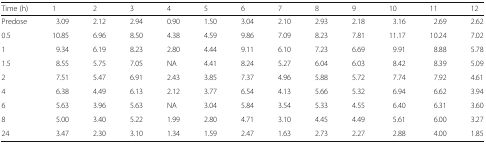
<table><thead><tr><td><b>Time (h)</b></td><td><b>1</b></td><td><b>2</b></td><td><b>3</b></td><td><b>4</b></td><td><b>5</b></td><td><b>6</b></td><td><b>7</b></td><td><b>8</b></td><td><b>9</b></td><td><b>10</b></td><td><b>11</b></td><td><b>12</b></td></tr></thead><tbody><tr><td>Predose</td><td>3.09</td><td>2.12</td><td>2.94</td><td>0.90</td><td>1.50</td><td>3.04</td><td>2.10</td><td>2.93</td><td>2.18</td><td>3.16</td><td>2.69</td><td>2.62</td></tr><tr><td>0.5</td><td>10.85</td><td>6.96</td><td>8.50</td><td>4.38</td><td>4.59</td><td>9.86</td><td>7.09</td><td>8.23</td><td>7.81</td><td>11.17</td><td>10.24</td><td>7.02</td></tr><tr><td>1</td><td>9.34</td><td>6.19</td><td>8.23</td><td>2.80</td><td>4.44</td><td>9.11</td><td>6.10</td><td>7.23</td><td>6.69</td><td>9.91</td><td>8.88</td><td>5.78</td></tr><tr><td>1.5</td><td>8.55</td><td>5.75</td><td>7.05</td><td>NA</td><td>4.41</td><td>8.24</td><td>5.27</td><td>6.04</td><td>6.03</td><td>8.42</td><td>8.39</td><td>5.09</td></tr><tr><td>2</td><td>7.51</td><td>5.47</td><td>6.91</td><td>2.43</td><td>3.85</td><td>7.37</td><td>4.96</td><td>5.88</td><td>5.72</td><td>7.74</td><td>7.92</td><td>4.61</td></tr><tr><td>4</td><td>6.38</td><td>4.49</td><td>6.13</td><td>2.12</td><td>3.77</td><td>6.54</td><td>4.13</td><td>5.66</td><td>5.32</td><td>6.94</td><td>6.62</td><td>3.94</td></tr><tr><td>6</td><td>5.63</td><td>3.96</td><td>5.63</td><td>NA</td><td>3.04</td><td>5.84</td><td>3.54</td><td>5.33</td><td>4.55</td><td>6.40</td><td>6.31</td><td>3.60</td></tr><tr><td>8</td><td>5.00</td><td>3.40</td><td>5.22</td><td>1.99</td><td>2.80</td><td>4.71</td><td>3.10</td><td>4.45</td><td>4.49</td><td>5.61</td><td>6.00</td><td>3.27</td></tr><tr><td>24</td><td>3.47</td><td>2.30</td><td>3.10</td><td>1.34</td><td>1.59</td><td>2.47</td><td>1.63</td><td>2.73</td><td>2.27</td><td>2.88</td><td>4.00</td><td>1.85</td></tr></tbody></table>